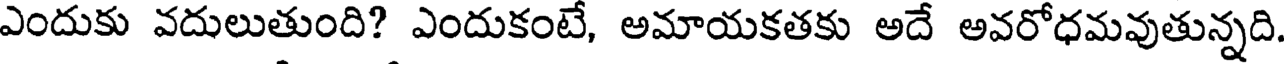
ఎందుకు వదులుతుంది? ఎందుకంటే, అమాయకతకు అదే అవరోధమవుతున్నది